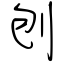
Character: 刨